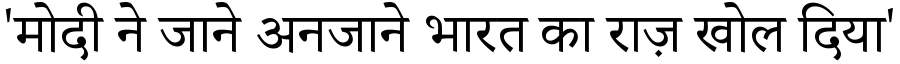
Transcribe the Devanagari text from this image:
'मोदी ने जाने अनजाने भारत का राज़ खोल दिया'